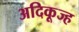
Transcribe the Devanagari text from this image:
अदिकूज्ह